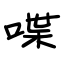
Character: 喋